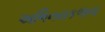
અભિનયકળાના